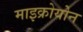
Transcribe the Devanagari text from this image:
माइक्रोयोन